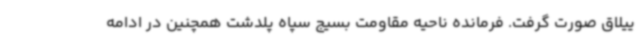
ییلاق صورت گرفت. فرمانده ناحیه مقاومت بسیج سپاه پلدشت همچنین در ادامه